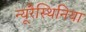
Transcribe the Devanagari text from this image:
न्यूरैस्थिनिया